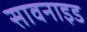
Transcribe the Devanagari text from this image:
सावनाइड